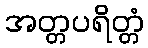
အတ္တပရိတ္တံ